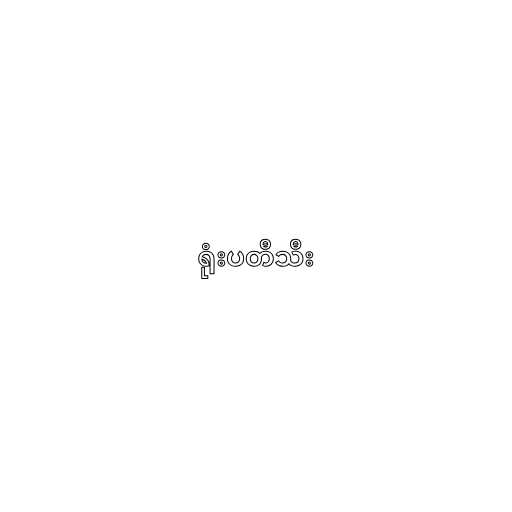
ရုံးပတီသီး